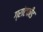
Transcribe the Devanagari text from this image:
ग्रांटफीड